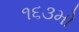
૧૬૩મો